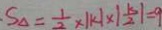
S _ { \Delta } = \frac { 1 } { 2 } \times \vert k \vert \times \vert \frac { k } { 2 } \vert = 9